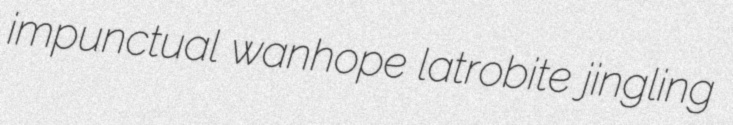
impunctual wanhope latrobite jingling